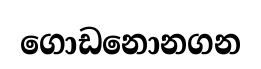
ගොඩනොනගන